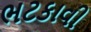
ભટકાવી